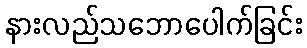
နားလည်သဘောပေါက်ခြင်း